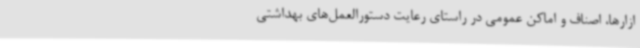
ازارها، اصناف و اماکن عمومی در راستای رعایت دستورالعمل‌های بهداشتی